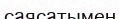
саясатымен